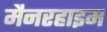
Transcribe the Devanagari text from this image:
मैनरहाइम